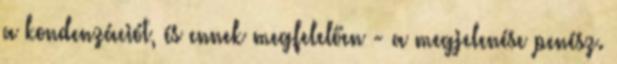
a kondenzációt, és ennek megfelelően - a megjelenése penész.